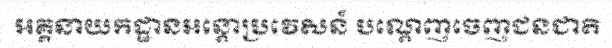
អគ្គនាយកដ្ឋានអន្តោប្រវេសន៍ បណ្តេញចេញជនជាតិ